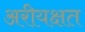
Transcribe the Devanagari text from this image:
अरीयक्षत